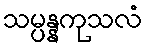
သမ္ပန္နကုသလံ